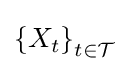
\left\{X_{t}\right\}_{t\in {\mathcal {T}}}